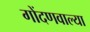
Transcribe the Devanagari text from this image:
गोंदणवाल्या